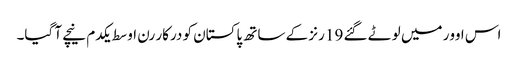
اس اوور میں لوٹے گئے 19 رنز کے ساتھ پاکستان کو درکار رن اوسط یکدم نیچے آ گیا۔